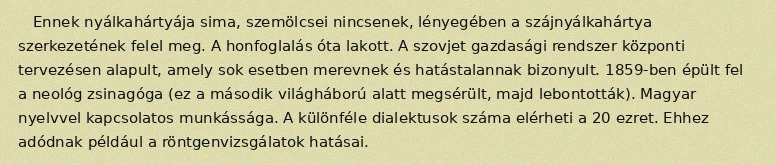
Ennek nyálkahártyája sima, szemölcsei nincsenek, lényegében a szájnyálkahártya szerkezetének felel meg. A honfoglalás óta lakott. A szovjet gazdasági rendszer központi tervezésen alapult, amely sok esetben merevnek és hatástalannak bizonyult. 1859-ben épült fel a neológ zsinagóga (ez a második világháború alatt megsérült, majd lebontották). Magyar nyelvvel kapcsolatos munkássága. A különféle dialektusok száma elérheti a 20 ezret. Ehhez adódnak például a röntgenvizsgálatok hatásai.